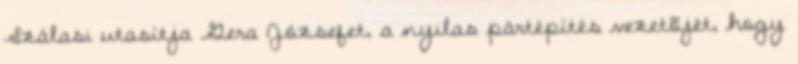
Szálasi utasítja Gera Józsefet, a nyilas pártépítés vezetõjét, hogy